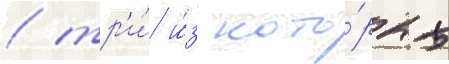
/ тр'и́ и́з кото́рых